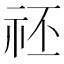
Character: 𥘻